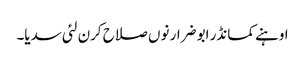
اوہنے کمانڈر ابو ضرار نوں صلاح کرن لئی سدیا۔